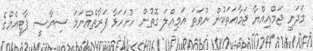
މަދަނީ ޖަމްޢިއްޔާ ޖަމާޢަތަކުން ނުވަތަ އަމިއްލަ ގޮތުން ހުށަހަޅާ ފަރާތެއްނަމަ ސިޔާސީ ޕާޓީއެއްގެ